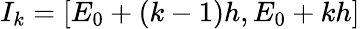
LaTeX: I_{k}=[E_{0}+(k-1)h,E_{0}+kh]